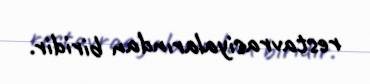
restavrasiyalarından biridir.